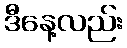
ဒီနေ့လည်း